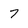
Character: 7